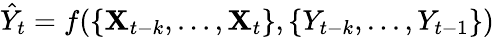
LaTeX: \hat{Y}_{t}=f(\{ \mathbf{X}_{t-k},...,\mathbf{X}_{t}\} ,\{ Y_{t-k},...,Y_{t-1}\} )